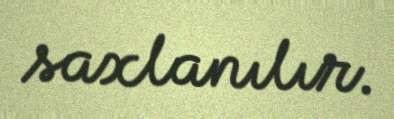
saxlanılır.